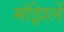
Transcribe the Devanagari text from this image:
मंझिलें